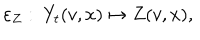
\varepsilon _ { Z } : \ Y _ { t } ( v , x ) \mapsto Z ( v , x ) ,